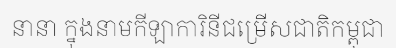
នានា ក្នុងនាមកីឡាការិនីជម្រើសជាតិកម្ពុជា